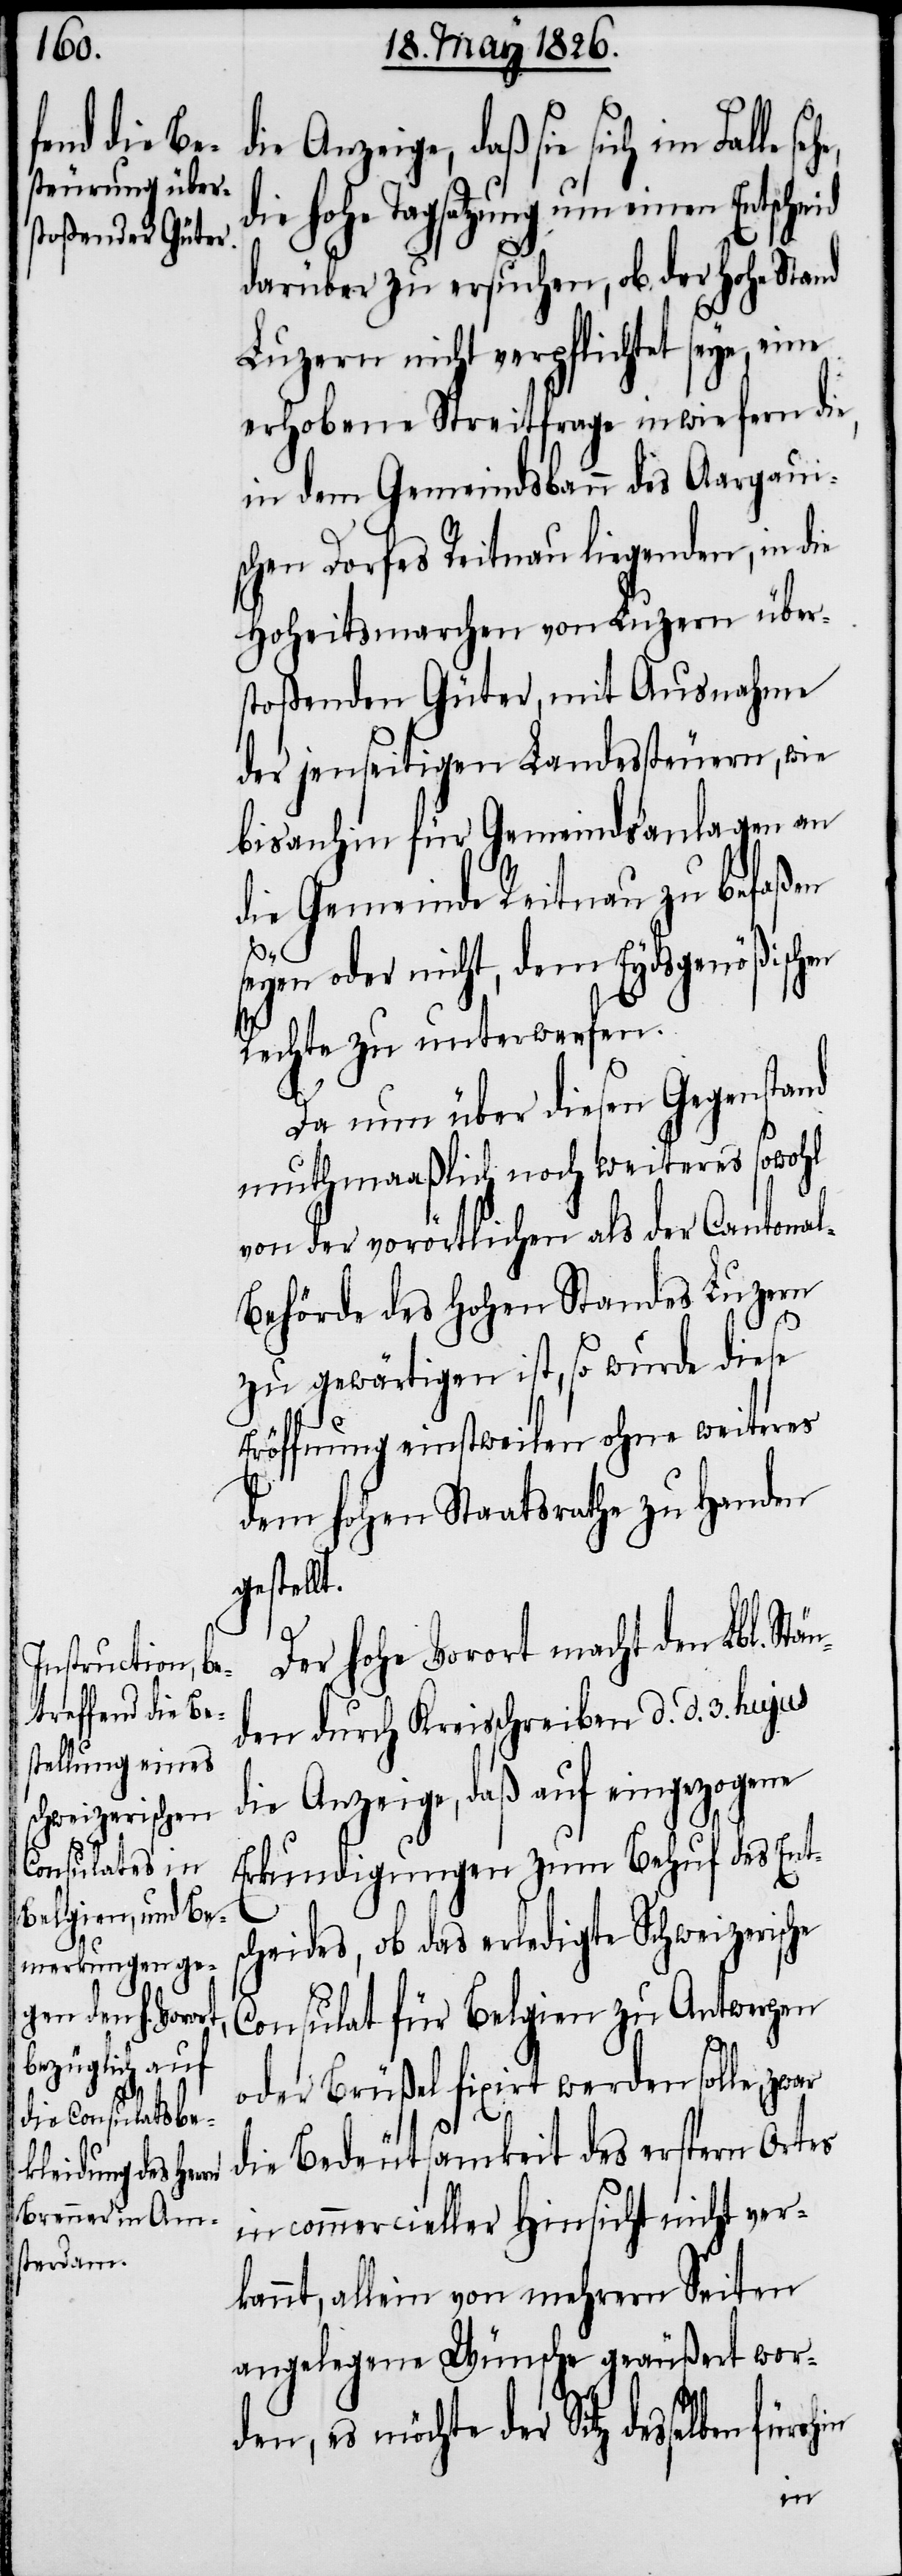
t.

die Anzeige, daß sie sich im Falle
ie hohe Tagsatzung um einen Entsche¬
darüber zu ersuchen, ob der hohe Stand
Luzern nicht verpflichtet seye,
erhobene Streitfrage inwiefern die,
in dem Gemeindsbau des Aargaui¬
schen Dorfes Reitnau liegenden, in die
Hoheitsmarchen von Luzern über¬
stoßenden Güter, mit Ausnahme
der jenseitigen Landessteuern, wie
bisanhin für Gemeindsanlagen an
die Gemeinde Reitnau zu befaßen
eyen oder nicht, dem Eydsgenößisch¬
Rechte zu unterwerfen.
Da nun über diesen Gegenstand
muthmaaßlich noch weiteres sowohl
von der vorörtlichen als der Cantonal-B¬
ehörde des hohen Standes Luzern
zu gewärtigen ist, so würde diese
Eröffnung einstweilen ohne weiteres
dem hohen Staatsrathe zu Handen
gestell¬
Der hohe Vorort macht den Lbl. Stä¬
nden durch Kreisschreiben d. d. 3. hujus
die Anzeige, daß auf eingezogene
Erkundigungen zum Behuf des Ents¬
id
cheides, ob das erledigte Schweizerische
Consulat für Belgien zu Antwerpen
oder Brüßel fixirt werden solle,
die Bedeutsamkeit des erstern Ortes
in commercieller Hinsicht nicht ver¬
kannt, allein von mehrern Seiten
angelegene Wünsche geäußert wor¬
den, es möchte der Sitz desselben
en